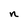
Character: n